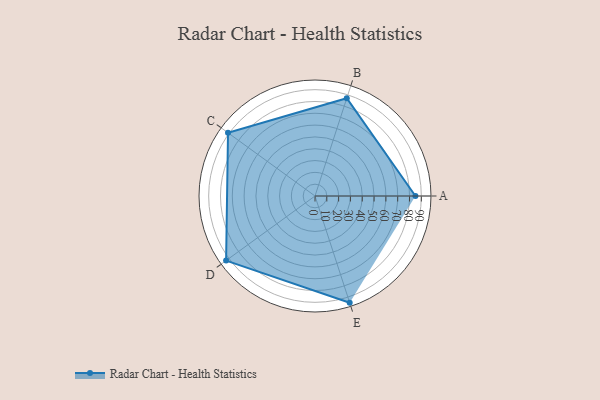
{"axis": {"x": "Skill", "y": "Score"}, "legend": ["Profile"], "data": [{"x": "A", "y": 85.0, "type": "Profile"}, {"x": "B", "y": 87.0, "type": "Profile"}, {"x": "C", "y": 91.0, "type": "Profile"}, {"x": "D", "y": 93.0, "type": "Profile"}, {"x": "E", "y": 95.0, "type": "Profile"}]}